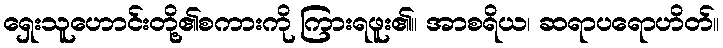
ရှေးသူဟောင်းတို့၏စကားကို ကြားရဖူး၏။ အာစရိယ၊ ဆရာပရောဟိတ်။